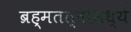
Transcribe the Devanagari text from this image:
ब्रह्मतत्वामध्ये